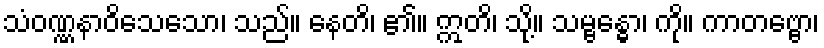
သံဝဏ္ဏနာဝိသေသော၊ သည်။ နေတိ၊ ၏။ ဣတိ၊ သို့။ သမ္ဗန္ဓော၊ ကို။ ကာတဗ္ဗော၊